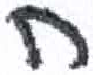
אות: ח